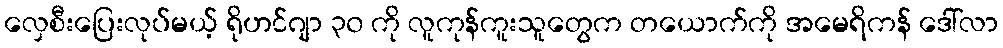
လှေစီးပြေးလုပ်မယ့် ရိုဟင်ဂျာ ၃၀ ကို လူကုန်ကူးသူတွေက တယောက်ကို အမေရိကန် ဒေါ်လာ